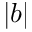
| b |